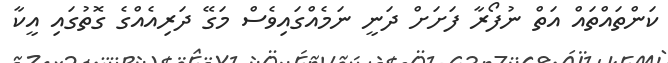
ކަންތައްތައް އަތް ނުފޯރާ ފަށަށް ދަނީ ނަމެއްގައިވެސް މަގޭ ދަރިއެއްގެ ގޮތުގައި އީކާ